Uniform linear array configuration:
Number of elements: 12
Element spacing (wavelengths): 0.5
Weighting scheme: hann
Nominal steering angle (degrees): -15
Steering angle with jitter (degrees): -13.534
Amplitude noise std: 0.05
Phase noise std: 0.05

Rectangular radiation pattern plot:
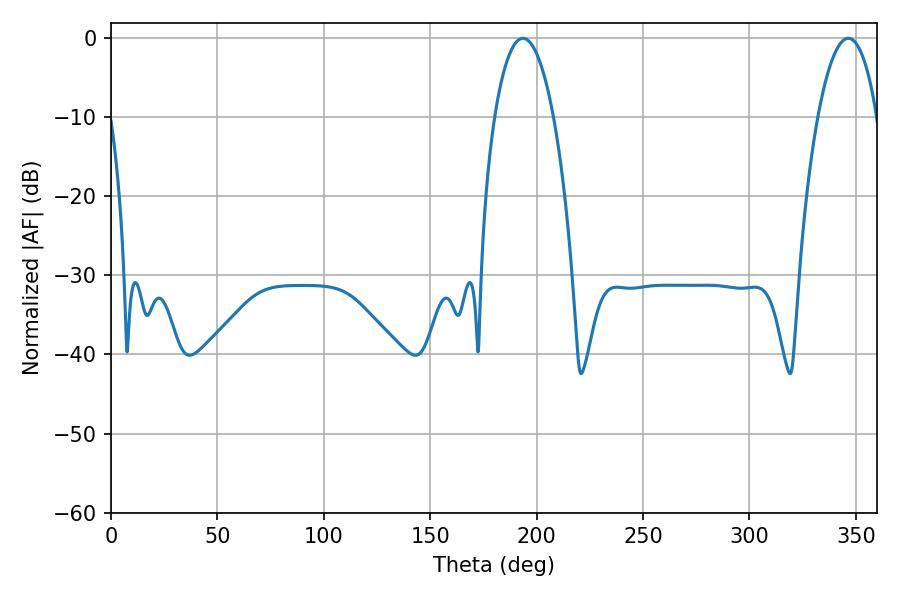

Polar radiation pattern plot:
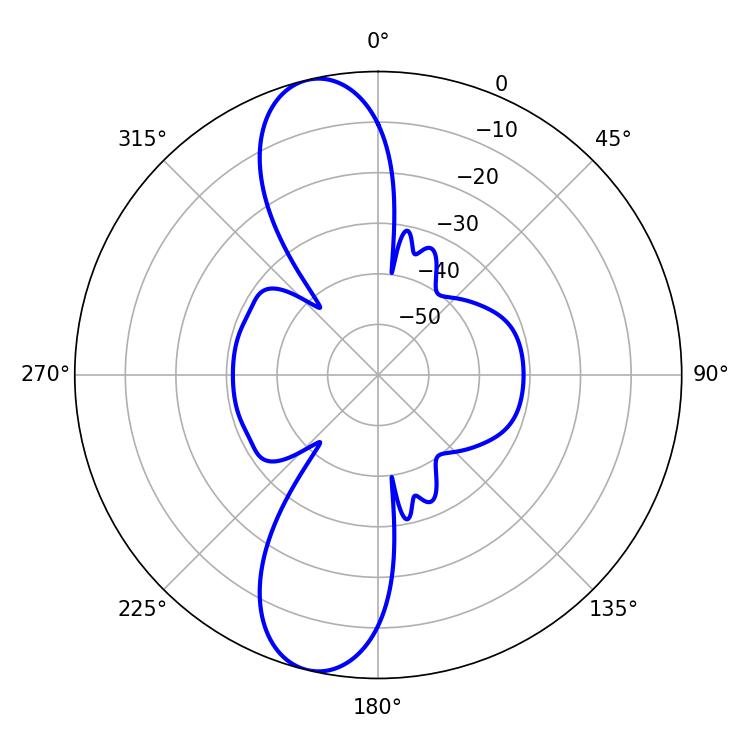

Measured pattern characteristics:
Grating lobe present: FALSE
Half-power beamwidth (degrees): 15.48
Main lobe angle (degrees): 193.5